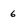
Character: 6